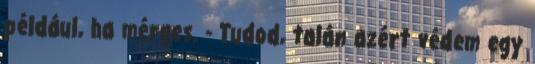
például, ha mérges. - Tudod, talán azért védem egy